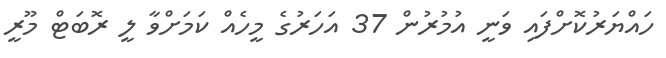
ހައްޔަރުކޮށްފައި ވަނީ އުމުރުން 37 އަހަރުގެ މީހެއް ކަމަށްވާ ލީ ރޮބަޓް މޫރީ